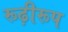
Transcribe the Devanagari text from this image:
रूढ़ीरूप